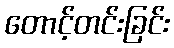
တောင့်တင်းခြင်း